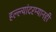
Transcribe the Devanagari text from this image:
हल्ल्यांदरम्यानही